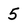
Character: 5